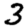
Digit: 3